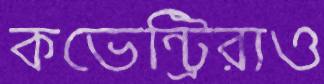
কভেন্ট্রিরাও